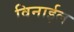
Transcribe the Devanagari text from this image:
विनाईल